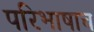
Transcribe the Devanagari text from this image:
परिभाषाच